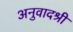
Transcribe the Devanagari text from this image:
अनुवादश्री